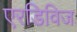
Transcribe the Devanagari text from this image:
एरडिविज